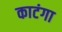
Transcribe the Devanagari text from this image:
काटंगा